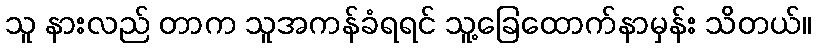
သူ နားလည် တာက သူအကန်ခံရရင် သူ့ခြေထောက်နာမှန်း သိတယ်။